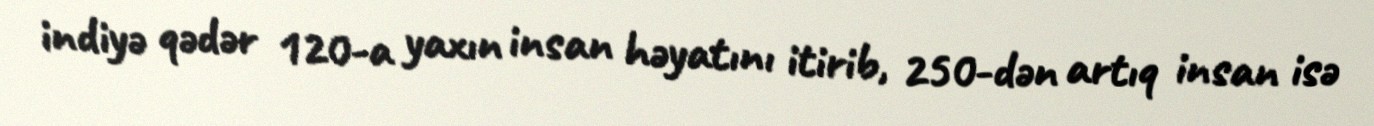
indiyə qədər 120-a yaxın insan həyatını itirib, 250-dən artıq insan isə